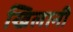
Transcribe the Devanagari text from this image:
खिलानी